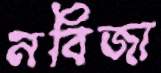
নবিজা